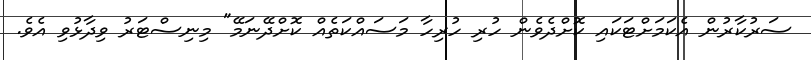
ސަރުކާރުން އެކަމަށްޓަކައި ކޮށްދެވެން ހުރި ހުރިހާ މަސައްކަތެއް ކޮށްދޭނަމޭ" މިނިސްޓަރު ވިދާޅުވި އެވެ.